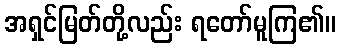
အရှင်မြတ်တို့လည်း ရတော်မူကြ၏။